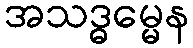
အသဒ္ဓမ္မေန